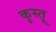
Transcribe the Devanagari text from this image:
कूस्तू